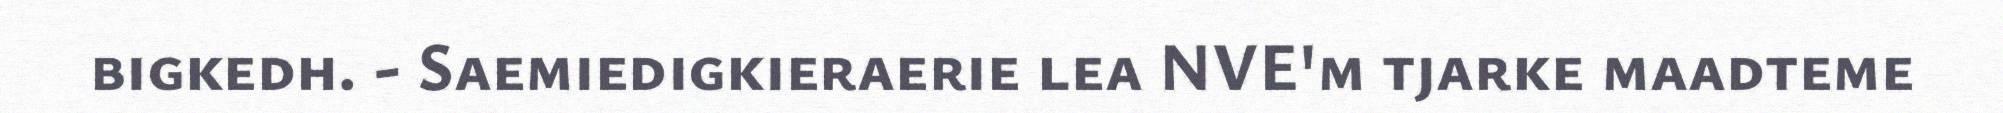
bigkedh. - Saemiedigkieraerie lea NVE'm tjarke maadteme